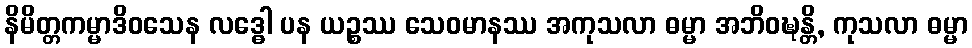
နိမိတ္တကမ္မာဒိဝသေန လဒ္ဓေါ ပန ယဉ္စဿ သေဝမာနဿ အကုသလာ ဓမ္မာ အဘိဝဍ္ဎန္တိ, ကုသလာ ဓမ္မာ